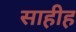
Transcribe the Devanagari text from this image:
साहीह